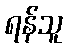
ရန်သူ